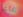
غاغا